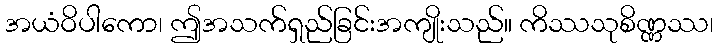
အယံဝိပါကော၊ ဤအသက်ရှည်ခြင်းအကျိုးသည်။ ကိဿသုစိဏ္ဏဿ၊